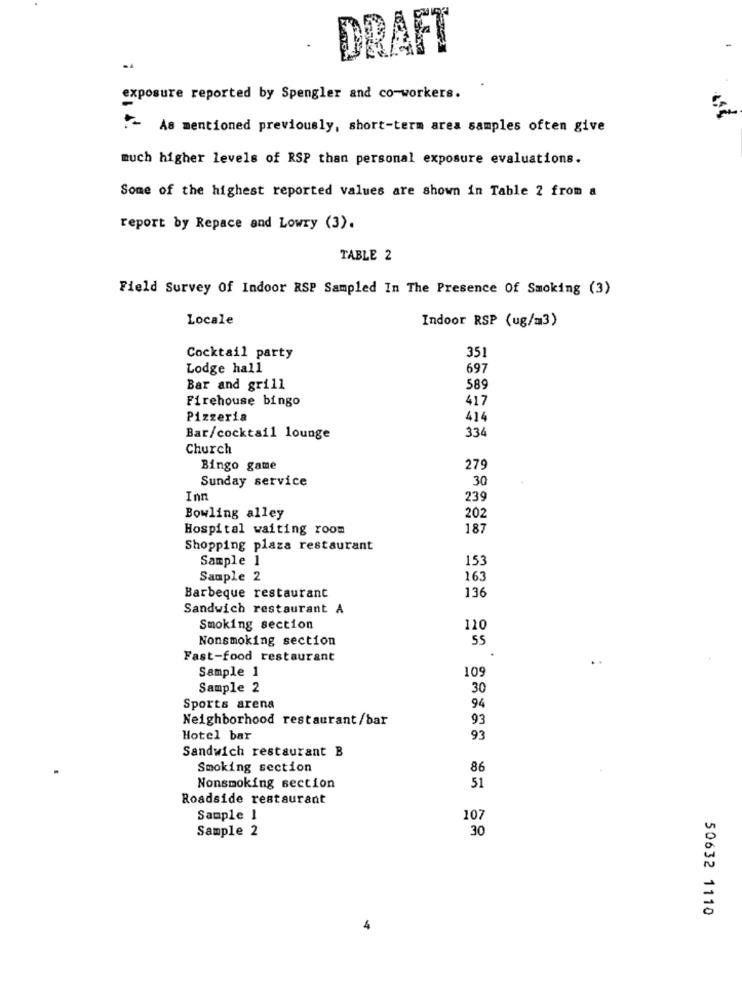
DRAFT
exposure reported by Spengler and co-workers.
:- As mentioned previously, short-term area samples often give
much higher levels of RSP than personal exposure evaluations.
Some of the highest reported values are shown in Table 2 from a
report by Repace and Lowry (3).
TABLE 2
Field Survey Of Indoor RSP Sampled In The Presence Of Smoking (3)
Locale
Indoor RSP (ug/m3)
Cocktail party
351
Lodge hall
697
Bar and grill
589
Firehouse bingo
417
Pizzeria
414
334
Bar/cocktail lounge
Church
Bingo game
279
Sunday service
30
Inn
239
Bowling alley
202
Hospital waiting room
18
Shopping plaza restaurant
Sample 1
153
Sample 2
163
136
Barbeque restaurant
Sandwich restaurant A
Smoking section
110
Nonsmoking section
55
Fast-food restaurant
Sample 1
109
Sample 2
30
Sports arena
94
Neighborhood restaurant/bar
93
Hotel bar
93
Sandwich restaurant B
Smoking section
86
Nonsmoking section
51
Roadside restaurant
Sample 1
107
Sample 2
30
50632 1110
4